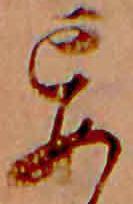
妄